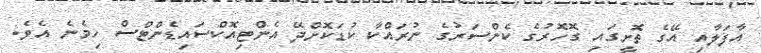
އާފަލާއި އޭގެ ތޮށީގައި ގޮހޮރުގެ ކެންސަރުގެ ނުރައްކާ ކުޑަކޮށްދޭ އެންޓިއޮކްސައިޑެންޓްސް ހިމެނެ އެވެ.